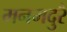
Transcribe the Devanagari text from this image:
मनमदुरै